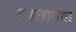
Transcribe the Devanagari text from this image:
कालाबाग़